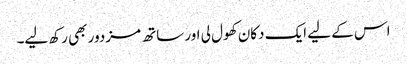
اس کے لیے ایک دکان کھول لی اور ساتھ مزدور بھی رکھ لیے۔